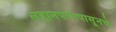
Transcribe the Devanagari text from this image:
लहानपणापासूनचे